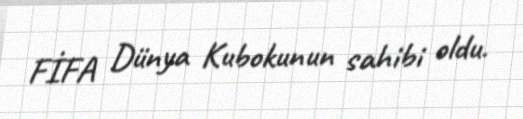
FİFA Dünya Kubokunun sahibi oldu.